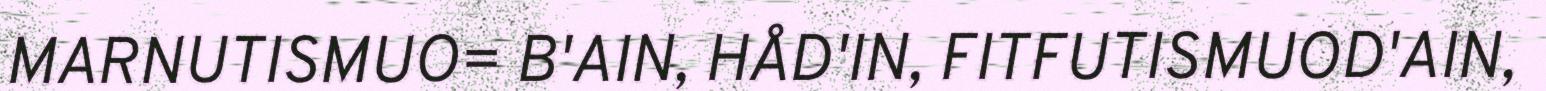
MARNUTISMUO= B'AIN, HÅD'IN, FITFUTISMUOD'AIN,